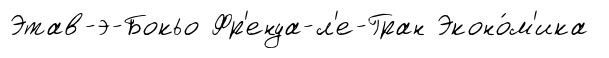
Этав-э-Бокьо Фр'енуа-л'е-Гран Эконо́м'ика